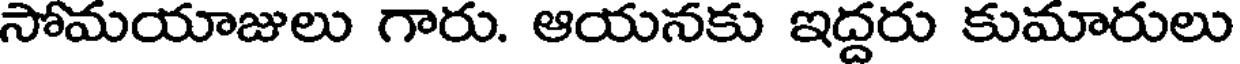
సోమయాజులు గారు. ఆయనకు ఇద్దరు కుమారులు